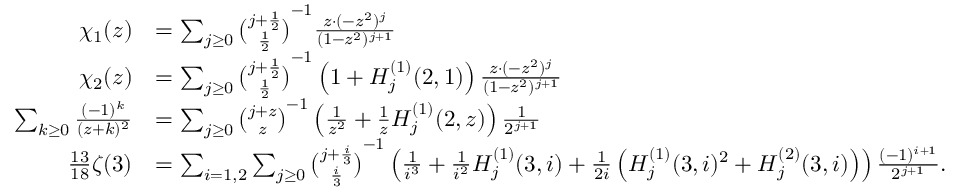
{ \begin{array} { r l } { \chi _ { 1 } ( z ) } & { = \sum _ { j \geq 0 } { \binom { j + { \frac { 1 } { 2 } } } { \frac { 1 } { 2 } } } ^ { - 1 } { \frac { z \cdot ( - z ^ { 2 } ) ^ { j } } { ( 1 - z ^ { 2 } ) ^ { j + 1 } } } } \\ { \chi _ { 2 } ( z ) } & { = \sum _ { j \geq 0 } { \binom { j + { \frac { 1 } { 2 } } } { \frac { 1 } { 2 } } } ^ { - 1 } \left( 1 + H _ { j } ^ { ( 1 ) } ( 2 , 1 ) \right) { \frac { z \cdot ( - z ^ { 2 } ) ^ { j } } { ( 1 - z ^ { 2 } ) ^ { j + 1 } } } } \\ { \sum _ { k \geq 0 } { \frac { ( - 1 ) ^ { k } } { ( z + k ) ^ { 2 } } } } & { = \sum _ { j \geq 0 } { \binom { j + z } { z } } ^ { - 1 } \left( { \frac { 1 } { z ^ { 2 } } } + { \frac { 1 } { z } } H _ { j } ^ { ( 1 ) } ( 2 , z ) \right) { \frac { 1 } { 2 ^ { j + 1 } } } } \\ { { \frac { 1 3 } { 1 8 } } \zeta ( 3 ) } & { = \sum _ { i = 1 , 2 } \sum _ { j \geq 0 } { \binom { j + { \frac { i } { 3 } } } { \frac { i } { 3 } } } ^ { - 1 } \left( { \frac { 1 } { i ^ { 3 } } } + { \frac { 1 } { i ^ { 2 } } } H _ { j } ^ { ( 1 ) } ( 3 , i ) + { \frac { 1 } { 2 i } } \left( H _ { j } ^ { ( 1 ) } ( 3 , i ) ^ { 2 } + H _ { j } ^ { ( 2 ) } ( 3 , i ) \right) \right) { \frac { ( - 1 ) ^ { i + 1 } } { 2 ^ { j + 1 } } } . } \end{array} }